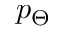
p _ { \Theta }